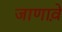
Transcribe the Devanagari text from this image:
जाणावे़